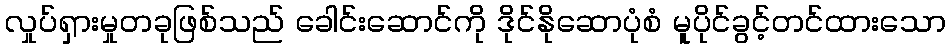
လှုပ်ရှားမှုတခုဖြစ်သည် ခေါင်းဆောင်ကို ဒိုင်နိုဆောပုံစံ မူပိုင်ခွင့်တင်ထားသော